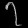
Digit: ၇